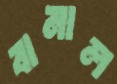
বানাল